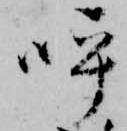
呼